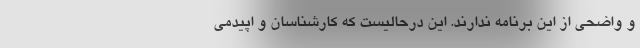
و واضحی از این برنامه ندارند. این درحالیست که کارشناسان و اپیدمی